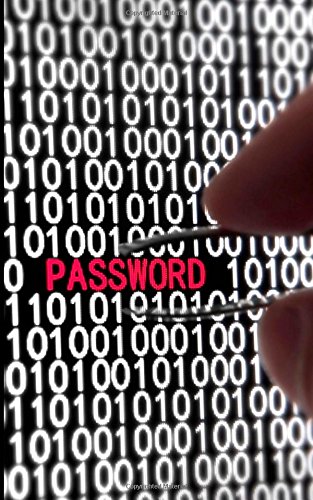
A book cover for Password Journal; Inc., Gelding Publishing; Business & Money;